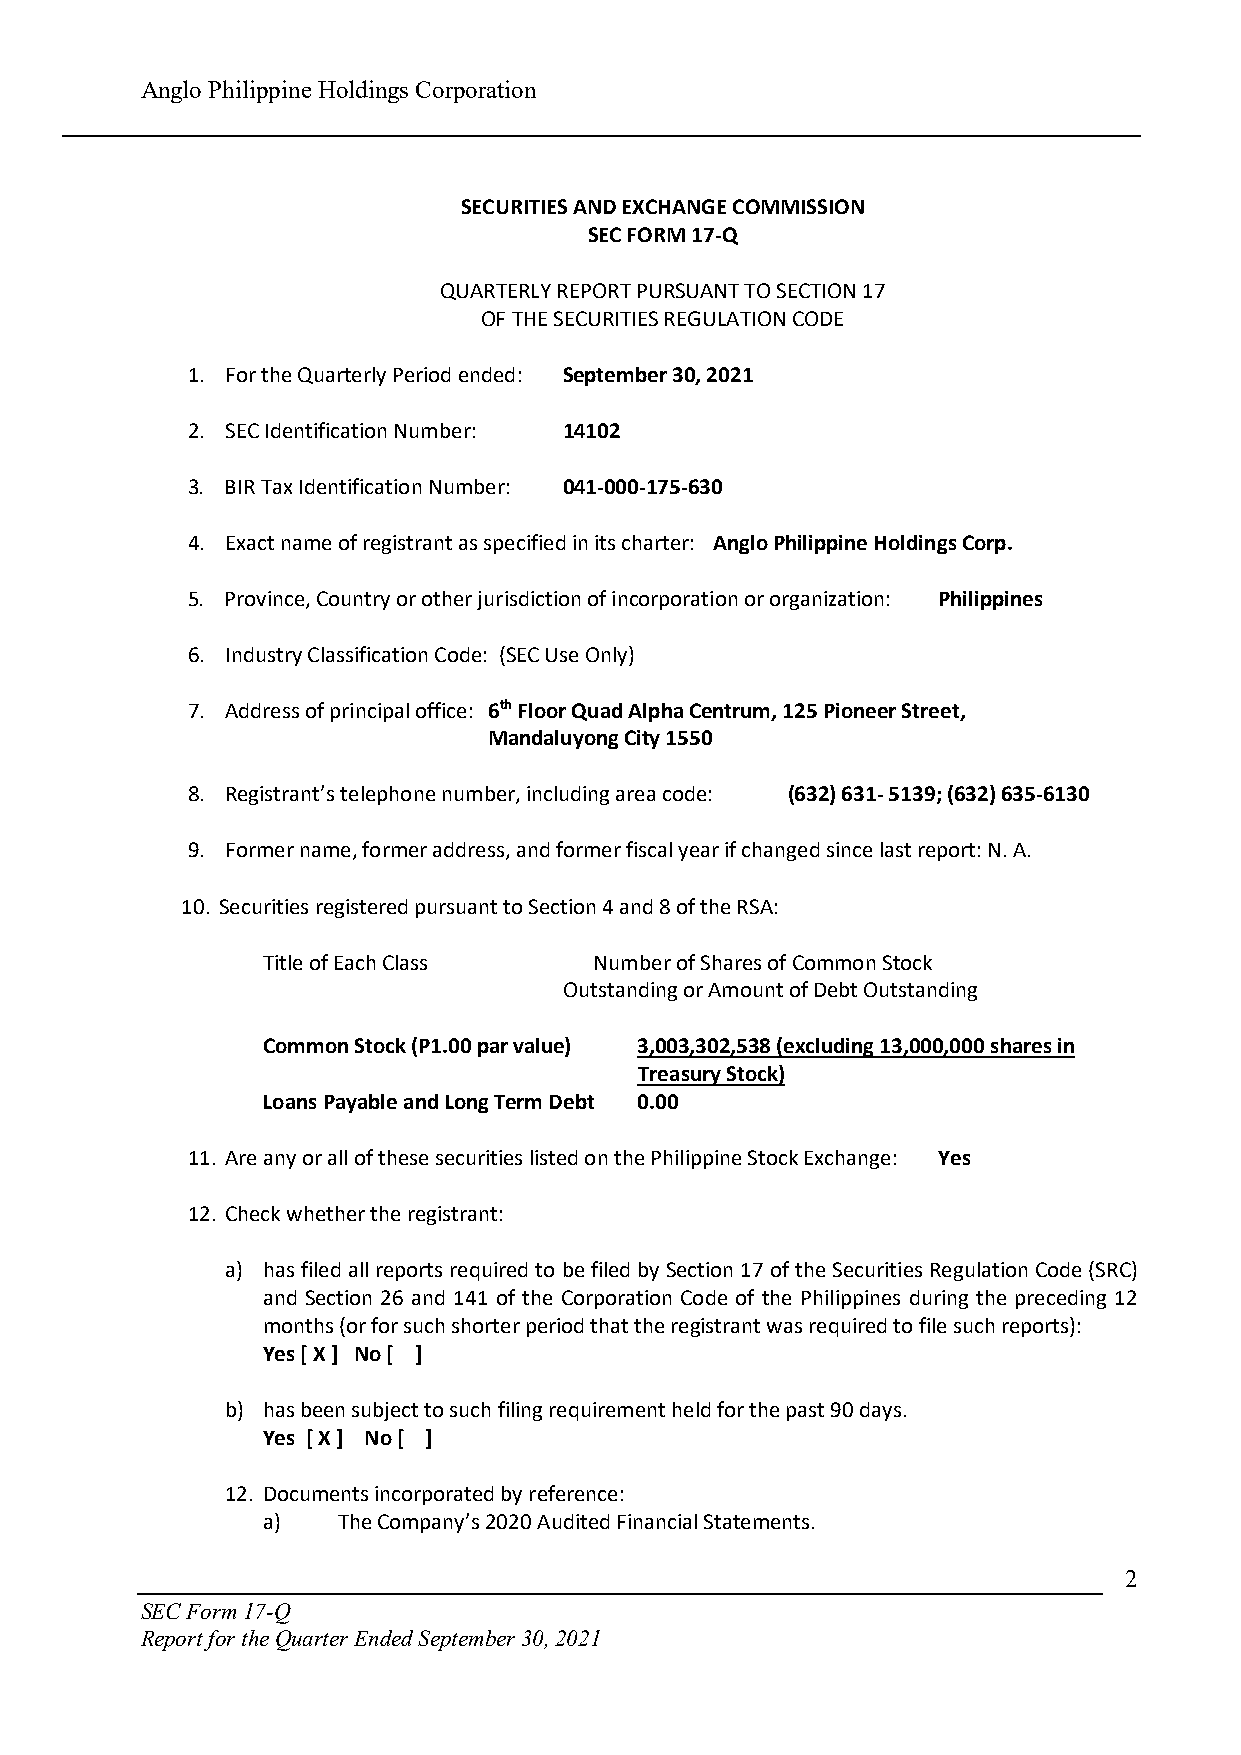
Anglo Philippine Holdings Corporation
 SECURITIES AND EXCHANGE COMMISSION
 SEC FORM 17-Q
 QUARTERLY REPORT PURSUANT TO SECTION 17
 OF THE SECURITIES REGULATION CODE
 1. For the Quarterly Period ended: September 30, 2021
 2. SEC Identification Number: 14102
 3. BIR Tax Identification Number: 041-000-175-630
 4. Exact name of registrant as specified in its charter: Anglo Philippine Holdings Corp.
 5. Province, Country or other jurisdiction of incorporation or organization: Philippines
 6. Industry Classification Code: (SEC Use Only)
 7. Address of principal office: 6th Floor Quad Alpha Centrum, 125 Pioneer Street,
 Mandaluyong City 1550
 8. Registrant’s telephone number, including area code: (632) 631- 5139; (632) 635-6130
 9. Former name, former address, and former fiscal year if changed since last report: N. A.
 10. Securities registered pursuant to Section 4 and 8 of the RSA:
 Title of Each Class   Number of Shares of Common Stock
 Outstanding or Amount of Debt Outstanding
 Common Stock (P1.00 par value) 3,003,302,538 (excluding 13,000,000 shares in
 Treasury Stock)
 Loans Payable and Long Term Debt 0.00
 11. Are any or all of these securities listed on the Philippine Stock Exchange: Yes
 12. Check whether the registrant:
 a) has filed all reports required to be filed by Section 17 of the Securities Regulation Code (SRC)
 and Section 26 and 141 of the Corporation Code of the Philippines during the preceding 12
 months (or for such shorter period that the registrant was required to file such reports):
 Yes [ X ] No [ ]
 b) has been subject to such filing requirement held for the past 90 days.
 Yes [ X ] No [ ]
 12. Documents incorporated by reference:
 a)   The Company’s 2020 Audited Financial Statements.
 2
 SEC Form 17-Q
 Report for the Quarter Ended September 30, 2021